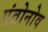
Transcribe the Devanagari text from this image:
एंतोनोव